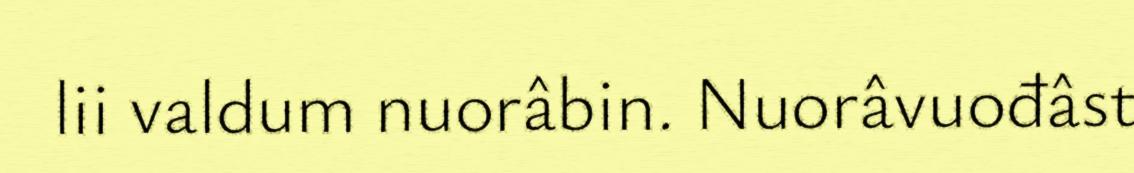
lii valdum nuorâbin. Nuorâvuođâst